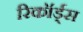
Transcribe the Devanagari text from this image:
रिकॉर्ड्स